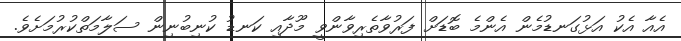
އެއާ އެކު އަޅުގަނޑުމެން އެންމެ ބޮޑަށް ފަރުވާތެރިވާންވީ މޫދާއި ކަނޑު ކުނިބުނިން ސަލާމަތްކުރުމަށެވެ.